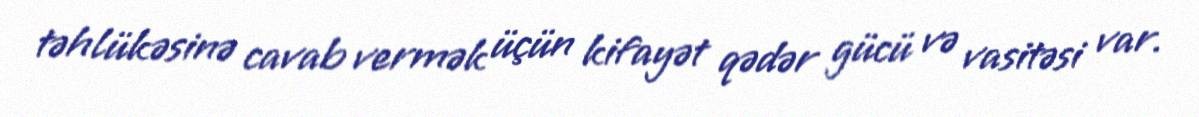
təhlükəsinə cavab vermək üçün kifayət qədər gücü və vasitəsi var.